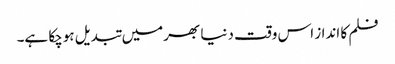
فلم کا انداز اس وقت دنیا بھرمیں تبدیل ہوچکا ہے۔